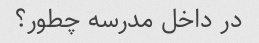
در داخل مدرسه چطور؟